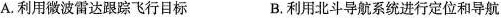
A.利用微波雷达跟踪飞行目标 B.利用北斗导航系统进行定位和导航